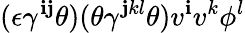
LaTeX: (\epsilon\gamma^{\mathbf{i}\mathbf{j}}\theta)(\theta\gamma^{\mathbf{j}kl}\theta)v^{\mathbf{i}}v^{k}\phi^{l}